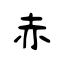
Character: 赤